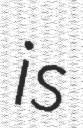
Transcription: is